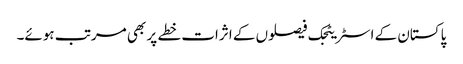
پاکستان کے اسٹریٹجک فیصلوں کے اثرات خطے پر بھی مرتب ہوئے۔